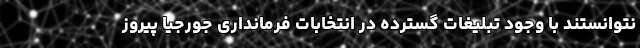
نتوانستند با وجود تبلیغات گسترده در انتخابات فرمانداری جورجیا پیروز